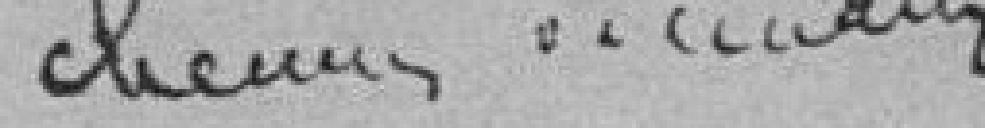
chemins vicinaires